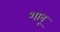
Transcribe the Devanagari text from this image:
शाबू